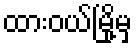
ထားဝယ်မြို့မှ